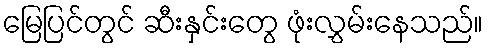
မြေပြင်တွင် ဆီးနှင်းတွေ ဖုံးလွှမ်းနေသည်။